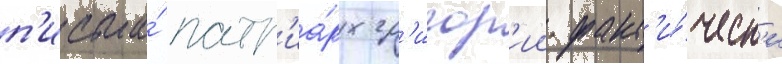
п'исьма́ патр'иа́рх гр'игор'ии факт'и́ческ'и